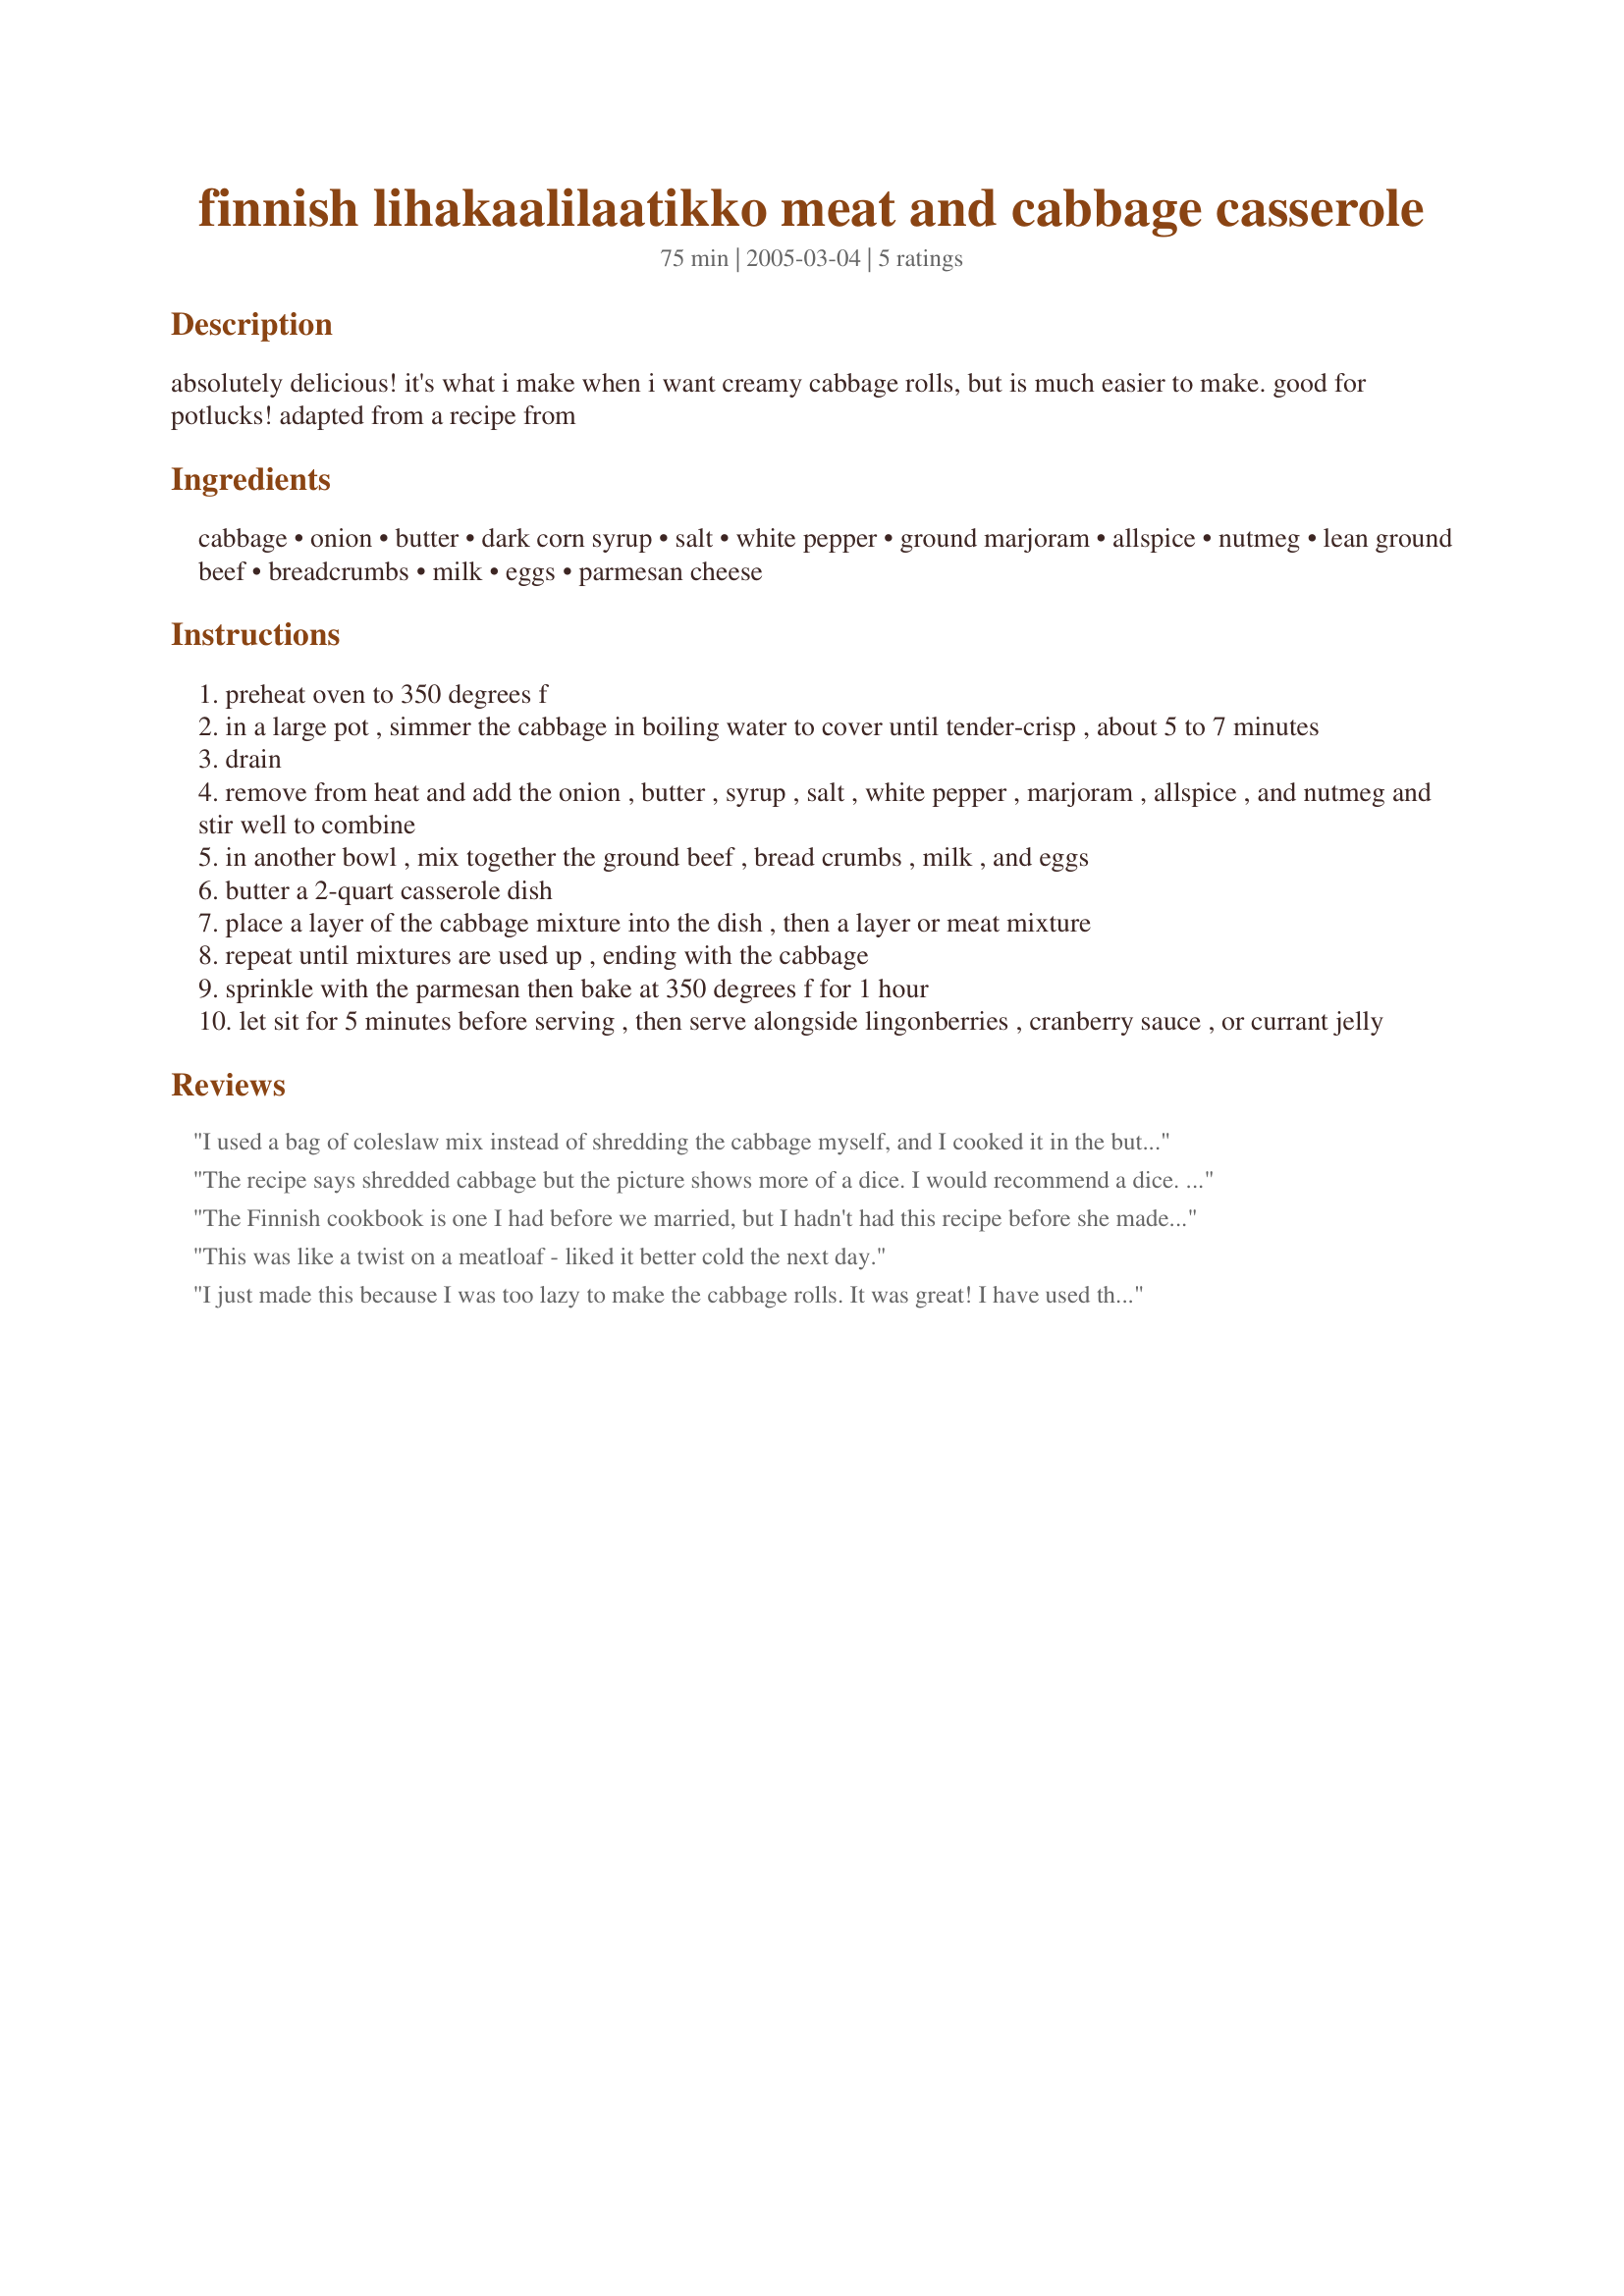
finnish lihakaalilaatikko meat and cabbage casserole
Preparation time: 75 minutes

absolutely delicious! it's what i make when i want creamy cabbage rolls, but is much easier to make. good for potlucks! adapted from a recipe from

Ingredients:
cabbage, onion, butter, dark corn syrup, salt, white pepper, ground marjoram, allspice, nutmeg, lean ground beef, breadcrumbs, milk, eggs, parmesan cheese

Steps:
preheat oven to 350 degrees f
in a large pot , simmer the cabbage in boiling water to cover until tender-crisp , about 5 to 7 minutes
drain
remove from heat and add the onion , butter , syrup , salt , white pepper , marjoram , allspice , and nutmeg and stir well to combine
in another bowl , mix together the ground beef , bread crumbs , milk , and eggs
butter a 2-quart casserole dish
place a layer of the cabbage mixture into the dish , then a layer or meat mixture
repeat until mixtures are used up , ending with the cabbage
sprinkle with the parmesan then bake at 350 degrees f for 1 hour
let sit for 5 minutes before serving , then serve alongside lingonberries , cranberry sauce , or currant jelly

Reviews:
I used a bag of coleslaw mix instead of shredding the cabbage myself, and I cooked it in the butter with the onion instead of boiling it. Also, I only had Italian breadcrumbs, so I used half those and half wheat germ. And per Steingrim's suggestion I did half beef, half pork. I left out the nutmeg because I don't like it, and I forgot the molasses. I had my doubts while it was baking after all the liberties I took, but it was a hit! My picky six year old even said it was the best meatloaf ever. So next time I make it, and there WILL be a next time, I'm going to follow the recipe a bit closer.
The recipe says shredded cabbage but the picture shows more of a dice. I would recommend a dice. The shredded was too pulpy. A dice would have a nicer texture. The flavors were great. I served it with some egg noodles.
The Finnish cookbook is one I had before we married, but I hadn't had this recipe before she made it. I like it with a combination of beef and pork, and it is good with the lingonberry preserves that we get at Ikea. A good Scandinavian recipe!
This was like a twist on a meatloaf - liked it better cold the next day.
I just made this because I was too lazy to make the cabbage rolls. It was great! I have used this recipe a couple times over the years but never reviewed it. I might try cooking the cabbage in the butter and onion instead of boiling as another reviewer mentioned next time to see what it does to the flavor. Thank you for posting!
